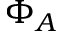
\Phi _ { A }